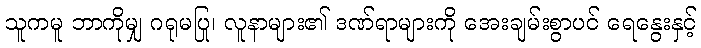
သူကမူ ဘာကိုမျှ ဂရုမပြု၊ လူနာများ၏ ဒဏ်ရာများကို အေးချမ်းစွာပင် ရေနွေးနှင့်